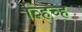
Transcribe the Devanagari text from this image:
व्हिच्ह